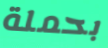
بحملة